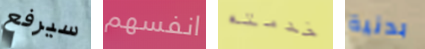
سيرفع انفسهم خدمته بدنية